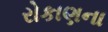
રોકાણના